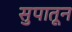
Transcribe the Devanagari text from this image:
सुपातून